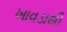
ખાવડાથી